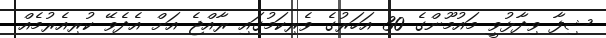
ޝިފާ ވިދާޅުވީ މައުމޫންގެ 30 އަހަރުގެ ވެރިކަމުގައި ރާއްޖެ އަށް އެދެވޭ ކުރިއެރުމެއް